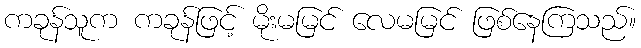
ကခုန်သူက ကခုန်ဖြင့် မိုးမမြင် လေမမြင် ဖြစ်နေကြသည်။